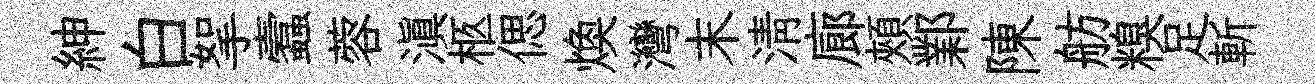
紳白挐蠧蓉滇柩偲焕灣末淸廊頰鄴陳舫糗足斬